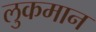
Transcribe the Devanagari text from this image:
लुकमान